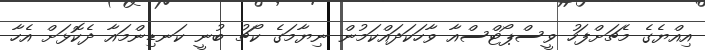
އިއްޔެގެ މެޗަށްފަހު ވީސްޕޯޓްސްއާ ވާހަކަދައްކަމުން ނިޔާމަގެ ކޯޗު ބުނީ ކަނޑިންމައާ ދެކޮޅަށް އެހާ